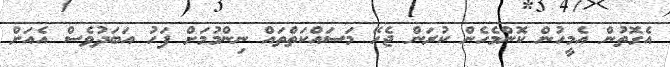
އެގޮތުން އެމީހުން ކޮންމެހެން ކުރަން ޖެހޭ މަސައްކަތްތައް ނިންމުމަށް ފަހު އަބަދުވެސް އެއަށް